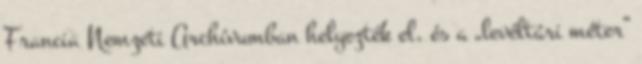
Francia Nemzeti Archívumban helyezték el, és a „levéltári méter”